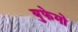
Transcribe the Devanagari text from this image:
युफेमो